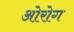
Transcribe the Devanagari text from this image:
ओरोग